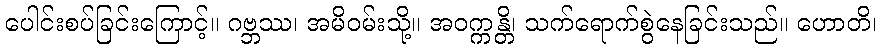
ပေါင်းစပ်ခြင်းကြောင့်။ ဂဗ္ဘဿ၊ အမိဝမ်းသို့။ အဝက္ကန္တိ၊ သက်ရောက်စွဲနေခြင်းသည်။ ဟောတိ၊